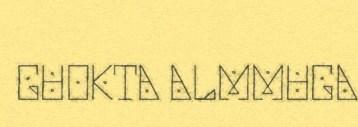
GUOKTA ALMMUGA